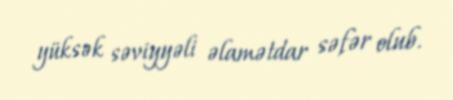
yüksək səviyyəli əlamətdar səfər olub.